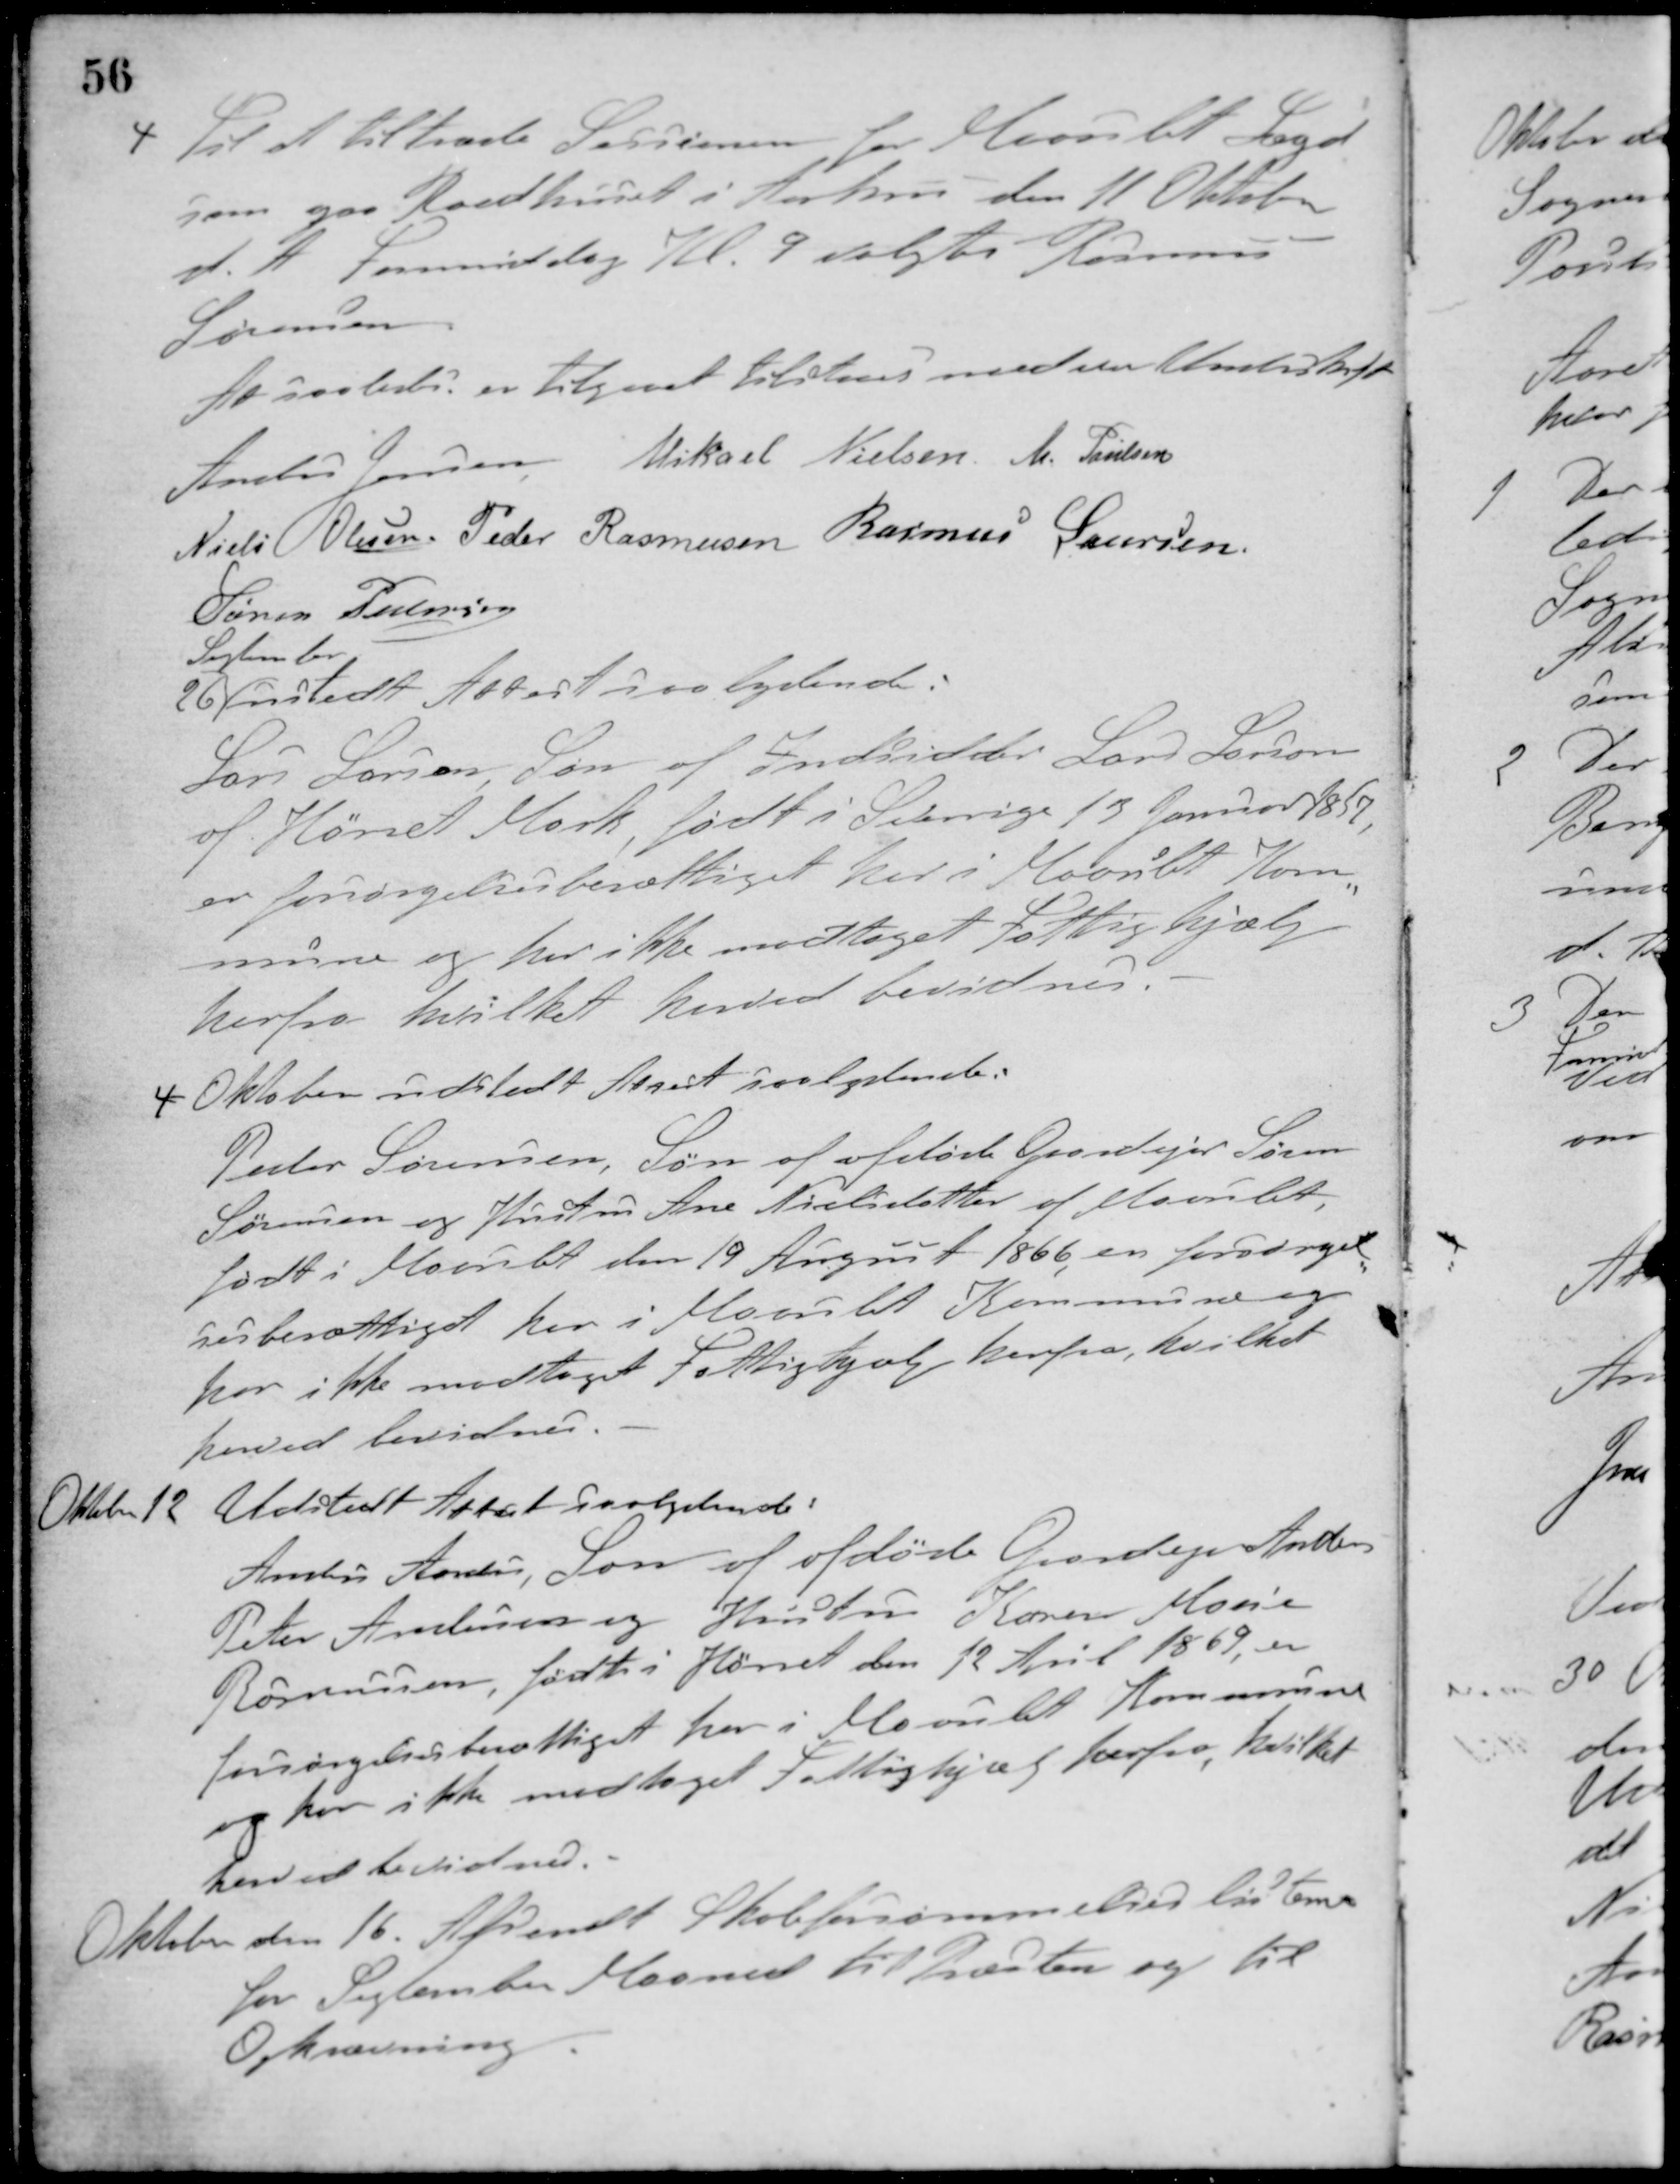
Transskription:
4 Til at tiltræde Sessionen for Maarslet Lægd
som paa Raadhuset i Århus den 11 Oktober
d. A. Formiddag Kl. 9 valgte Rasmus
Sørensen
At saaledes er tilgaaet tilstaaes med vor Underskrift
Anders Jensen Mikael Nielsen M. Poulsen
Niels Olesen Peder Rasmussen Rasmus Laursen
Søren Pedersen
26
September
udstedt Attest saalydende:
Lars Larsen, Søn af Indsidder Lars Larson
af Hørret Mark, født i Sverige 13 Januar 1857,
er forsørgelsesberettiget her i Maarslet Kom-
mune og har ikke modtaget Fattighjælp
herfra hvilket herved bevidnes.
4 Oktober udstedt Attest saalydende:
Peder Sørensen, Søn af afdøde Gaardejer Søren
Sørensen og Hustru Ane Nielsdatter af Maarslet,
født i Maarslet den 19 August 1866, er forsørgel-
sesberettiget her i Maarslet Kommune og
har ikke modtaget Fattighjælp herfra, hvilket
herved bevidnes.
Oktober 12
Udstedt Attest saalydende:
Anders Anders, Søn af afdøde Gaardejer Anders
Peter Andersen og Hustru Karen Marie
Rasmussen, født i Hørret den 12 April 1869 er
forsørgelsesberettiget her i Maarslet Kommune
og har ikke modtaget Fattighjælp herfra, hvilket
herved bevidnes.
Oktober
den 16. Afsendt Skoleforsømmelseslisterne
for September Maaaned til Præsten og til
Opkrævning.